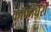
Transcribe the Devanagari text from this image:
कॉफीघरों